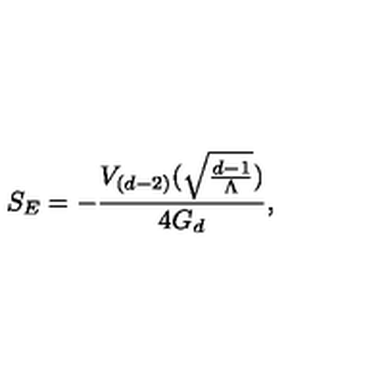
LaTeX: S _ { E } = - \frac { V _ { ( d - 2 ) } ( \sqrt { \frac { d - 1 } { \Lambda } } ) } { 4 G _ { d } } ,